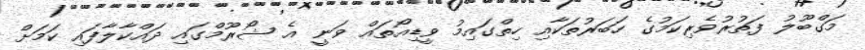
މަގްބޫލު ފަތުރުވެރިކަމުގެ ހަބަރުތަކާއި ހިތްގައިމު ވީޑިއޯތައް ވަނީ އެ ޝޯރޫމްގައި ދައްކާލާފައި ކަމަށް